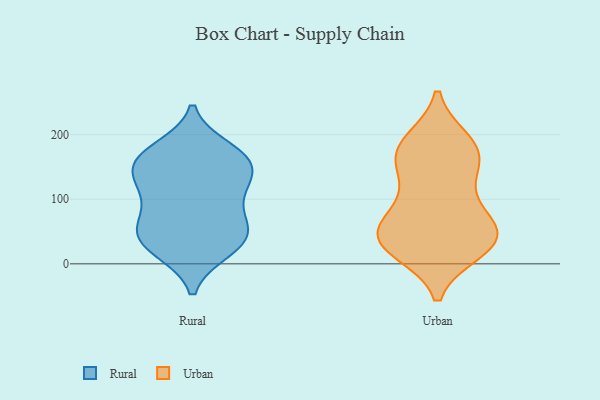
{"axis": {"x": "Active Users", "y": "Value"}, "legend": ["Rural", "Urban"], "data": [{"x": "", "y": 53, "type": "Rural"}, {"x": "", "y": 65, "type": "Rural"}, {"x": "", "y": 177, "type": "Rural"}, {"x": "", "y": 60, "type": "Rural"}, {"x": "", "y": 25, "type": "Rural"}, {"x": "", "y": 161, "type": "Rural"}, {"x": "", "y": 158, "type": "Rural"}, {"x": "", "y": 31, "type": "Rural"}, {"x": "", "y": 164, "type": "Rural"}, {"x": "", "y": 48, "type": "Rural"}, {"x": "", "y": 120, "type": "Rural"}, {"x": "", "y": 137, "type": "Rural"}, {"x": "", "y": 21, "type": "Rural"}, {"x": "", "y": 110, "type": "Rural"}, {"x": "", "y": 111, "type": "Rural"}, {"x": "", "y": 161, "type": "Rural"}, {"x": "", "y": 35, "type": "Urban"}, {"x": "", "y": 176, "type": "Urban"}, {"x": "", "y": 176, "type": "Urban"}, {"x": "", "y": 31, "type": "Urban"}, {"x": "", "y": 22, "type": "Urban"}, {"x": "", "y": 36, "type": "Urban"}, {"x": "", "y": 38, "type": "Urban"}, {"x": "", "y": 95, "type": "Urban"}, {"x": "", "y": 127, "type": "Urban"}, {"x": "", "y": 174, "type": "Urban"}, {"x": "", "y": 154, "type": "Urban"}, {"x": "", "y": 42, "type": "Urban"}, {"x": "", "y": 64, "type": "Urban"}, {"x": "", "y": 65, "type": "Urban"}, {"x": "", "y": 188, "type": "Urban"}]}